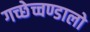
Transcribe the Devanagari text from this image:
गच्छेच्चण्डालो